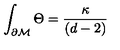
\int _ { \partial { \cal M } } \Theta = \frac { \kappa } { ( d - 2 ) }